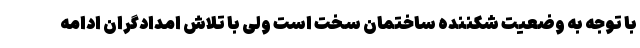
با توجه به وضعیت شکننده ساختمان سخت است ولی با تلاش امدادگران ادامه